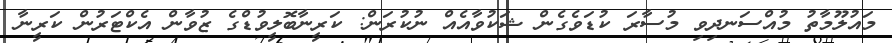
މައުލޫމާތު މުއްސަނދިވި މުސާރަ ކުޑަވެގެން ޝަކުވާއެއް ނުކުރަން: ކަރީނާބޮލީވުޑްގެ ޒުވާން އެކްޓަރުން ކަރީނާ